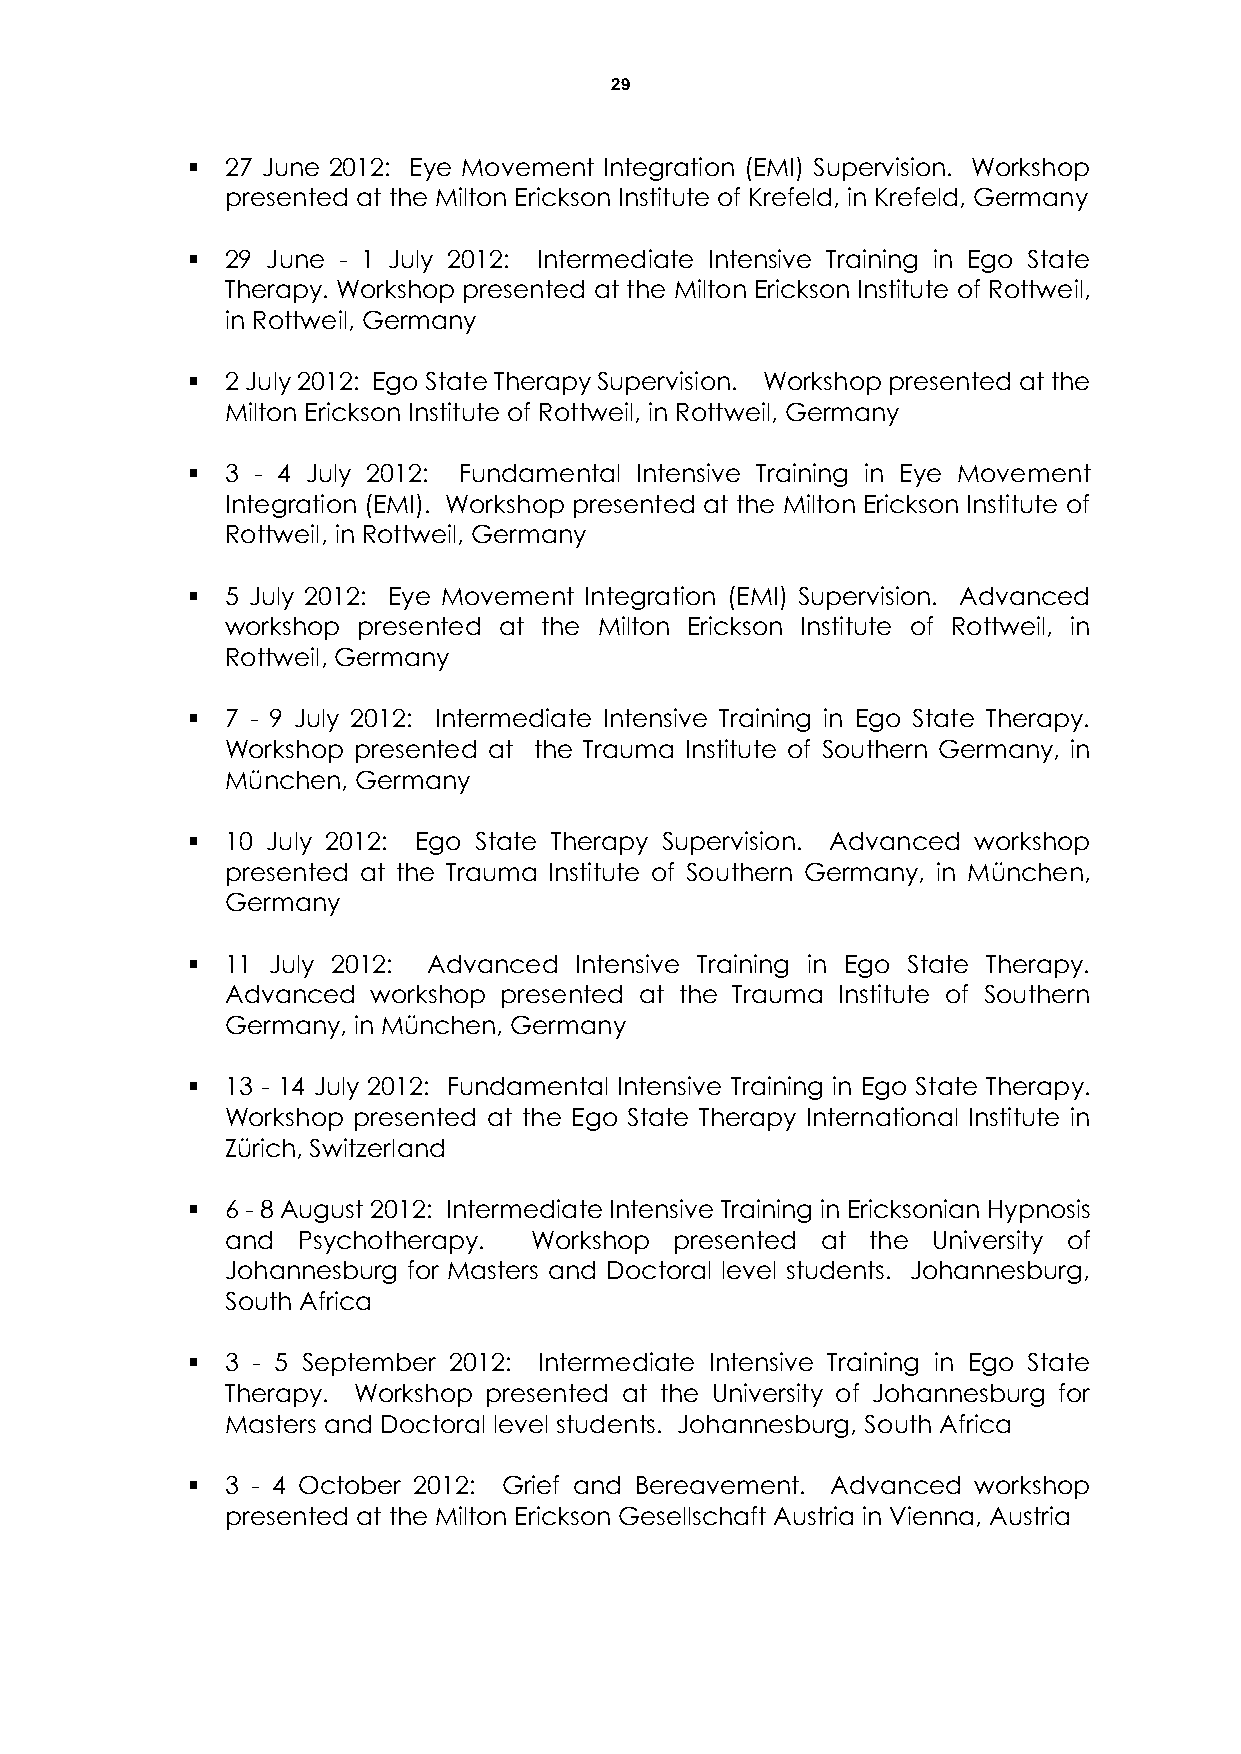
29
   27 June 2012: Eye Movement Integration (EMI) Supervision. Workshop
 presented at the Milton Erickson Institute of Krefeld, in Krefeld, Germany
   29 June - 1 July 2012: Intermediate Intensive Training in Ego State
 Therapy. Workshop presented at the Milton Erickson Institute of Rottweil,
 in Rottweil, Germany
   2 July 2012: Ego State Therapy Supervision. Workshop presented at the
 Milton Erickson Institute of Rottweil, in Rottweil, Germany
   3 - 4 July 2012: Fundamental Intensive Training in Eye Movement
 Integration (EMI). Workshop presented at the Milton Erickson Institute of
 Rottweil, in Rottweil, Germany
   5 July 2012: Eye Movement Integration (EMI) Supervision. Advanced
 workshop presented at the Milton Erickson Institute of Rottweil, in
 Rottweil, Germany
   7 - 9 July 2012: Intermediate Intensive Training in Ego State Therapy.
 Workshop presented at the Trauma Institute of Southern Germany, in
 München, Germany
   10 July 2012: Ego State Therapy Supervision. Advanced workshop
 presented at the Trauma Institute of Southern Germany, in München,
 Germany
   11 July 2012: Advanced Intensive Training in Ego State Therapy.
 Advanced  workshop presented at the Trauma Institute of Southern
 Germany, in München, Germany
   13 - 14 July 2012: Fundamental Intensive Training in Ego State Therapy.
 Workshop presented at the Ego State Therapy International Institute in
 Zürich, Switzerland
   6 - 8 August 2012: Intermediate Intensive Training in Ericksonian Hypnosis
 and  Psychotherapy. Workshop  presented at the University of
 Johannesburg for Masters and Doctoral level students. Johannesburg,
 South Africa
   3 - 5 September 2012: Intermediate Intensive Training in Ego State
 Therapy. Workshop presented at the University of Johannesburg for
 Masters and Doctoral level students. Johannesburg, South Africa
   3 - 4 October 2012: Grief and Bereavement. Advanced workshop
 presented at the Milton Erickson Gesellschaft Austria in Vienna, Austria